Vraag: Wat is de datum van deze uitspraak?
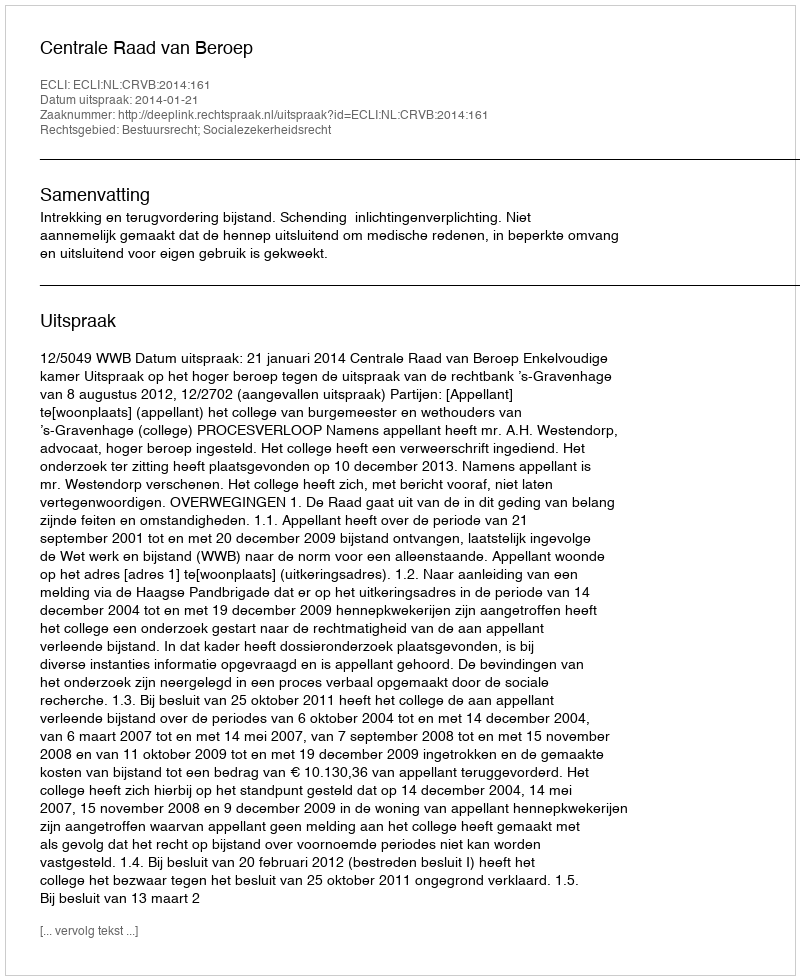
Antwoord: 2014-01-21